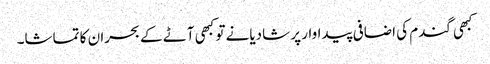
کبھی گندم کی اضافی پیداوار پر شادیانے تو کبھی آٹے کے بحران کا تماشا۔